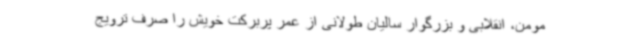
مومن، انقلابی و بزرگوار سالیان طولانی از عمر پربرکت خویش را صرف ترویج